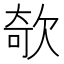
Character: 欹